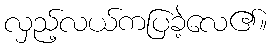
လှည့်လယ်ကပြခဲ့လေ၏။